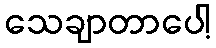
သေချာတာပေါ့